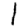
Digit: 1